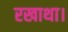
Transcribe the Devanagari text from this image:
रखाथा।